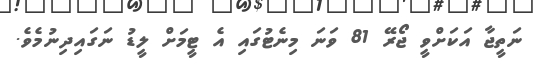
ނަތީޖާ އަކަށްވީ ޖޯރޭ 81 ވަނަ މިނެޓުގައި އެ ޓީމަށް ލީޑު ނަގައިދިނުމެވެ.